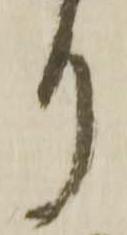
り